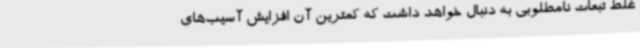
غلط تبعات نامطلوبی به دنبال خواهد داشت که کمترین آن افزایش آسیب‌های